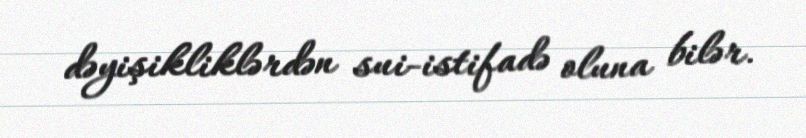
dəyişikliklərdən sui-istifadə oluna bilər.